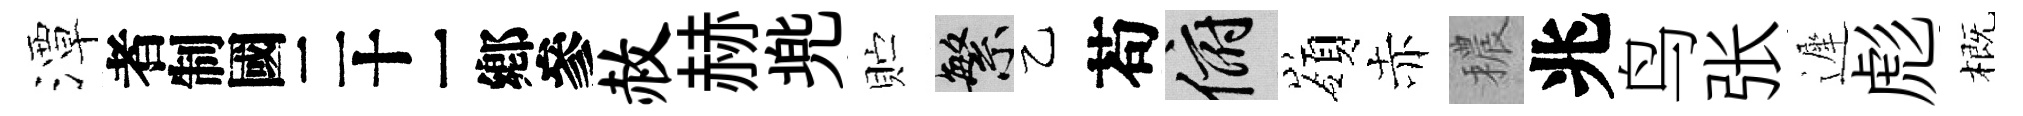
潭识赦赫兠贮繁乙苟俯嶺赤穠兆鸟张遲彪概